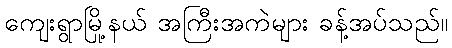
ကျေးရွာမြို့နယ် အကြီးအကဲများ ခန့်အပ်သည်။